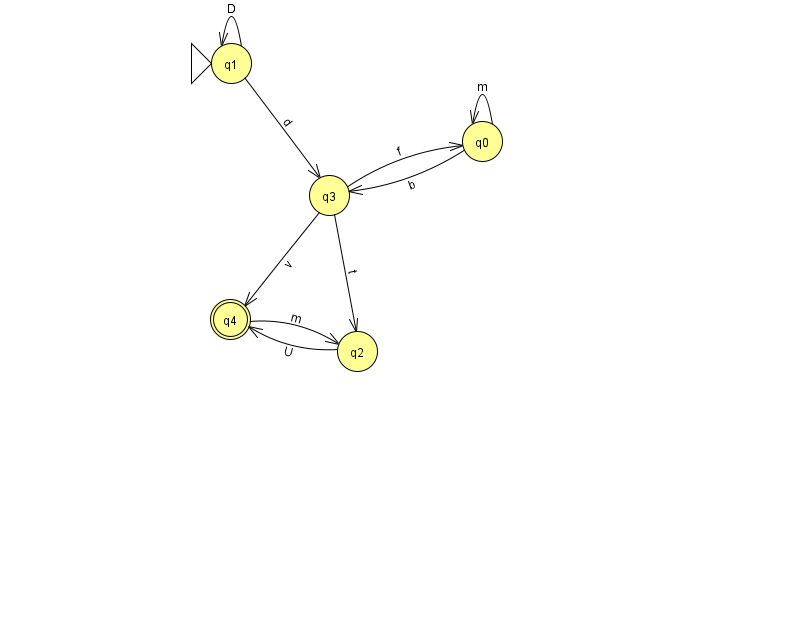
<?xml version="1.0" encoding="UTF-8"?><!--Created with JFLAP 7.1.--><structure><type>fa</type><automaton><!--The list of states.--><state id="0" name="q0"><x>482.0</x><y>128.0</y></state><state id="1" name="q1"><x>231.0</x><y>50.0</y><initial/></state><state id="2" name="q2"><x>357.0</x><y>338.0</y></state><state id="3" name="q3"><x>329.0</x><y>182.0</y></state><state id="4" name="q4"><x>230.0</x><y>306.0</y><final/></state><!--The list of transitions.--><transition><from>0</from><to>3</to><read>b</read></transition><transition><from>2</from><to>4</to><read>U</read></transition><transition><from>1</from><to>3</to><read>d</read></transition><transition><from>3</from><to>2</to><read>t</read></transition><transition><from>1</from><to>1</to><read>D</read></transition><transition><from>3</from><to>0</to><read>f</read></transition><transition><from>3</from><to>4</to><read>v</read></transition><transition><from>4</from><to>2</to><read>m</read></transition><transition><from>0</from><to>0</to><read>m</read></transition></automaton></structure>